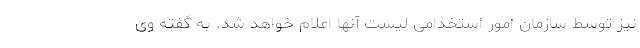
نیز توسط سازمان امور استخدامی لیست آنها اعلام خواهد شد. به گفته وی